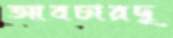
আবচারদূ